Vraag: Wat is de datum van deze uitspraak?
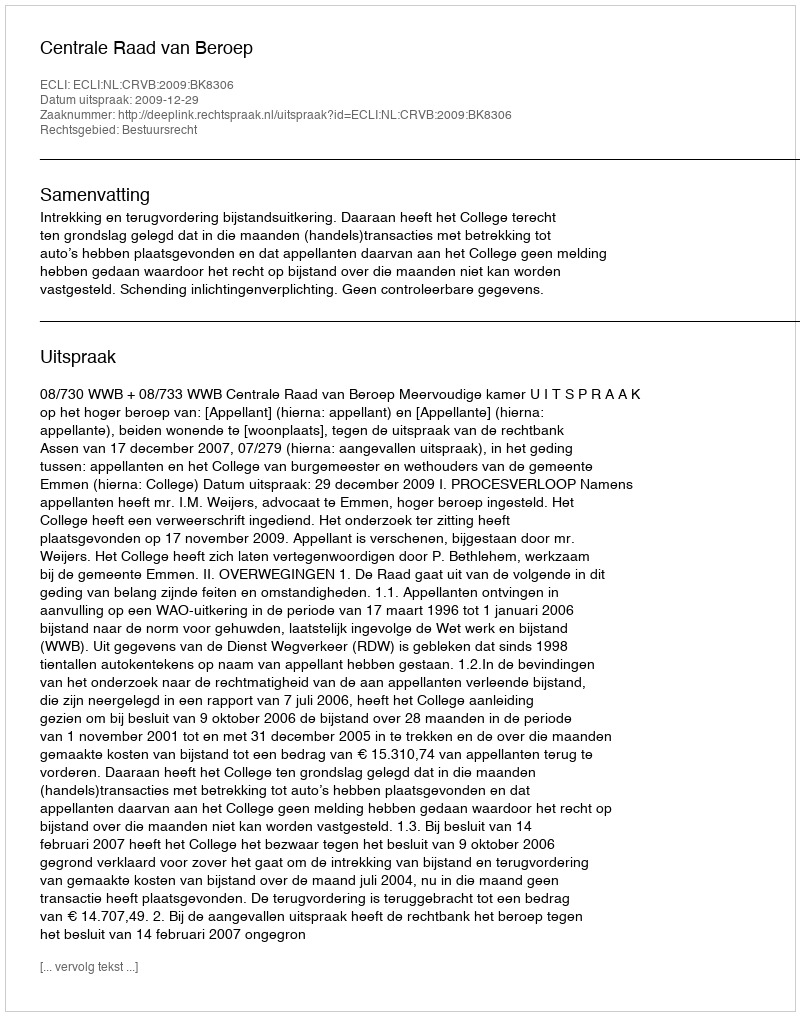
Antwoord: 2009-12-29